Reports on military cantonments and civil stations in the Presidency of Bombay inspected by the Sanitary Commissioner in the years 1875 and 1876
Year: 1875
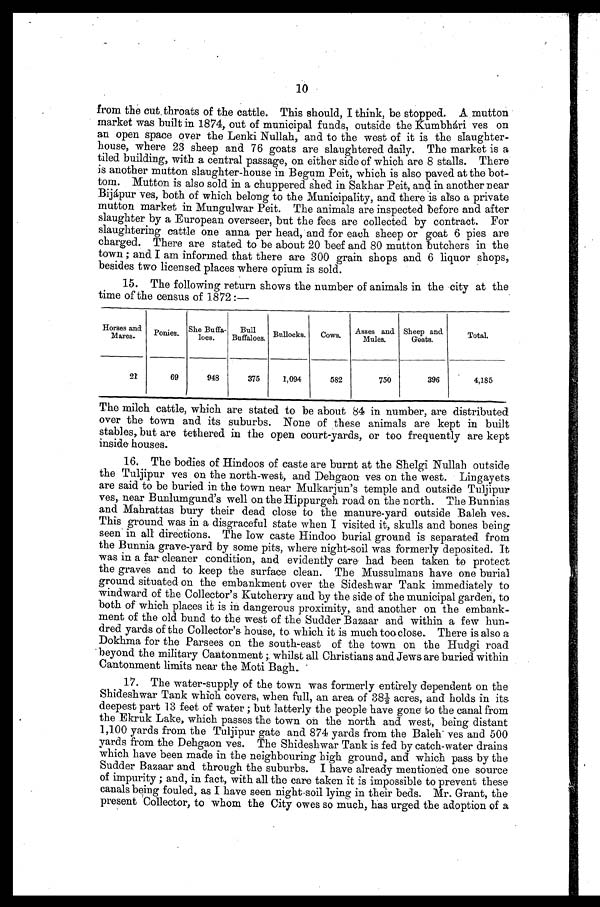
10
from the cut throats of the cattle. This should, I think, be stopped. A mutton
market was built in 1874, out of municipal funds, outside the Kumbhári yes on
an open space over the Lenki Nullah, and to the west of it is the slaughter
- h o u s e , w h e r e 2 3 s h e e p a n d 7 6 g o a t s a r e s l a u g h t e r e d d a i l y . T h e m a r k e t i s a
tiled building, with a central passage, on either side of which are 8 stalls. There
is another mutton slaughter-house in Begum Peit, which is also paved at the bot
- t o m . M u t t o n i s a l s o s o l d i n a c h u p p e r e d s h e d i n S a k h a r P e i t , a n d i n a n o t h e r n e a r
Bijápur ves, both of which belong to the Municipality, and there is also a private
mutton market in Mungulwar Peit. The animals are inspected before and after
slaughter by a European overseer, but the fees are collected by contract. For
slaughtering cattle one anna per head, and for each sheep or goat 6 pies are
charged. There are stated to be about 20 beef and 80 mutton butchers in the
town ; and I am informed that there are 300 grain shops and 6 liquor shops,
besides two licensed places where opium is sold.
15. The following return shows the number of animals in the city at the
time of the census of 1872 :—
Horses and
Mares.
Ponies.
She Buffa-
loes.
Bull
Buffaloes. Bullocks.
Cows.
Asses and
Mules.
Sheep and
Goats.
Total.
21
69
948
375
1,094
582
750
396
4,185
The milch cattle, which are stated to be about 84 in number, are distributed
over the town and its suburbs. None of these animals are kept in built
stables, but are tethered in the open court-yards, or too frequently are kept
inside houses.
16. The bodies of Hindoos of caste are burnt at the Shelgi Nullah outside
the Tuljipur ves on the north-west, and Dehgaon ves on the west. Lingayets
are said to be buried in the town near Mulkarjun's temple and outside Tuljipur
ves, near Bunlumgund's well on the Hippurgeh road on the north. The Bunnias
and Mahrattas bury their dead close to the manure-yard. outside Baleh ves.
This ground was in a disgraceful state when I visited it, skulls and bones being
seen in all directions. The low caste Hindoo burial ground is separated from
the Bunnia grave-yard by some pits, where night-soil was formerly deposited. It
was in a far cleaner condition, and evidently care had been taken to protect
the graves and to keep the surface clean. The Mussulmans have one burial
ground situated on the embankment over the Sideshwar Tank immediately to
windward of the Collector's Kutcherry and by the side of the municipal garden, to
both of which places it is in dangerous proximity, and another on the embank--
ment of the old bund to the west of the Sudder Bazaar and within a few hun
- d r e d y a r d s o f t h e C o l l e c t o r ' s h o u s e , t o w h i c h i t i s m u c h t o o - c l o s e . T h e r e i s a l s o a
Dokhma for the Parsees on the south-east of the town on the Hudgi road
beyond the military Cantonment ; whilst all Christians and Jews are buried within
Cantonment limits near the Moti Bagh.
17. The water-supply of the town was formerly entirely, dependent on the
Shideshwar Tank which covers, when full, an area of 38½ acres, and holds in its
deepest part 13 feet of water ; but latterly the people have gone to the canal from
the Ekruk Lake, which passes the town on the north and west, being distant
1,100 yards from the Tuljipur gate and 874 yards from the Baleh ves and 500
yards from the Dehgaon ves. The Shideshwar Tank is fed by catch-water drains
which have been made in the neighbouring high ground, and which pass by the
Sudder Bazaar and through the suburbs. I have already mentioned one source
of impurity ; and, in fact, with all the care taken it is impossible to prevent these
canals being fouled, as I have seen night-soil lying in their beds. Mr. Grant, the
present Collector, to whom the City owes so much, has urged the adoption of a